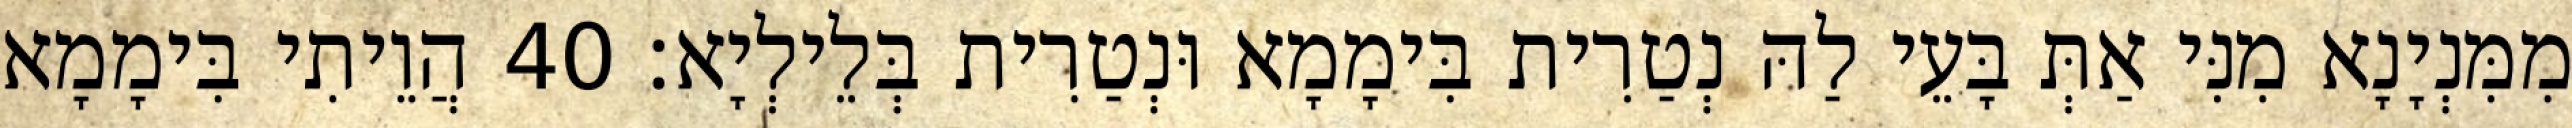
מִמִּנְיָנָא מִנִּי אַתְּ בָּעֵי לַהּ נְטַרִית בִּימָמָא וּנְטַרִית בְּלֵילְיָא׃ 40 הֲוֵיתִי בִּימָמָא